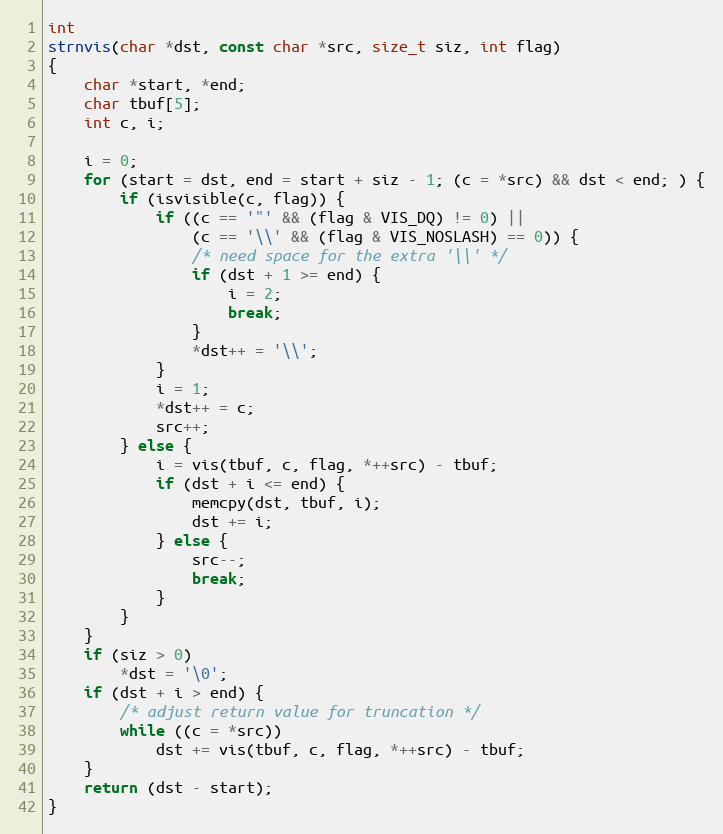
Language: C
int
strnvis(char *dst, const char *src, size_t siz, int flag)
{
	char *start, *end;
	char tbuf[5];
	int c, i;

	i = 0;
	for (start = dst, end = start + siz - 1; (c = *src) && dst < end; ) {
		if (isvisible(c, flag)) {
			if ((c == '"' && (flag & VIS_DQ) != 0) ||
			    (c == '\\' && (flag & VIS_NOSLASH) == 0)) {
				/* need space for the extra '\\' */
				if (dst + 1 >= end) {
					i = 2;
					break;
				}
				*dst++ = '\\';
			}
			i = 1;
			*dst++ = c;
			src++;
		} else {
			i = vis(tbuf, c, flag, *++src) - tbuf;
			if (dst + i <= end) {
				memcpy(dst, tbuf, i);
				dst += i;
			} else {
				src--;
				break;
			}
		}
	}
	if (siz > 0)
		*dst = '\0';
	if (dst + i > end) {
		/* adjust return value for truncation */
		while ((c = *src))
			dst += vis(tbuf, c, flag, *++src) - tbuf;
	}
	return (dst - start);
}